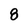
Character: 8